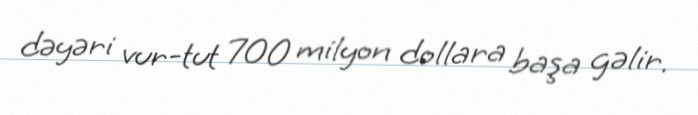
dəyəri vur-tut 700 milyon dollara başa gəlir.